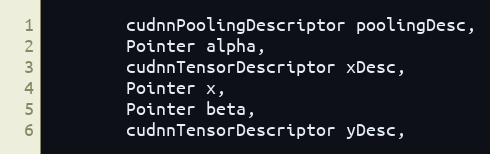
Language: Java
        cudnnPoolingDescriptor poolingDesc,
        Pointer alpha,
        cudnnTensorDescriptor xDesc,
        Pointer x,
        Pointer beta,
        cudnnTensorDescriptor yDesc,